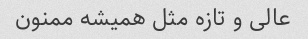
عالی و تازه مثل همیشه ممنون